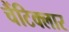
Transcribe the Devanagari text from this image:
चैंटिक्लार